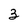
Character: 3